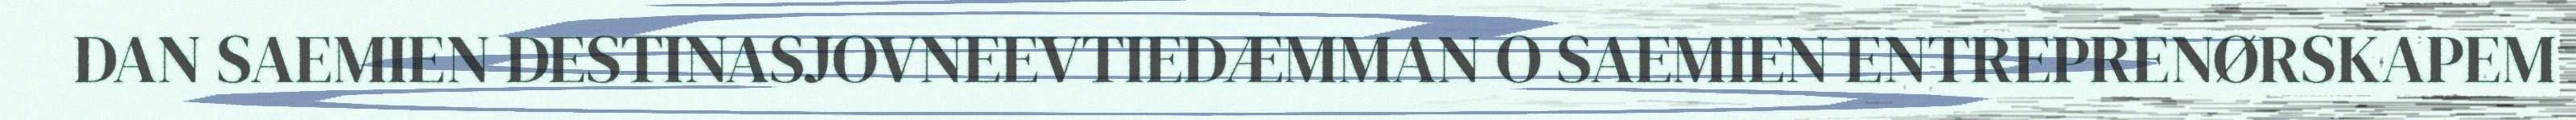
DAN SAEMIEN DESTINASJOVNEEVTIEDÆMMAN O SAEMIEN ENTREPRENØRSKAPEM